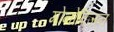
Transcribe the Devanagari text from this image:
मोनोविजन